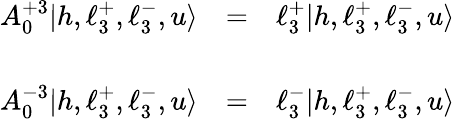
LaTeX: \begin{array}{lll}{{A_{0}^{+3}|h,\ell_{3}^{+},\ell_{3}^{-},u\rangle}}&{{=}}&{{\ell_{3}^{+}|h,\ell_{3}^{+},\ell_{3}^{-},u\rangle}}\\ {{\ }}&{{\ }}\\ {{A_{0}^{-3}|h,\ell_{3}^{+},\ell_{3}^{-},u\rangle}}&{{=}}&{{\ell_{3}^{-}|h,\ell_{3}^{+},\ell_{3}^{-},u\rangle}}\end{array}